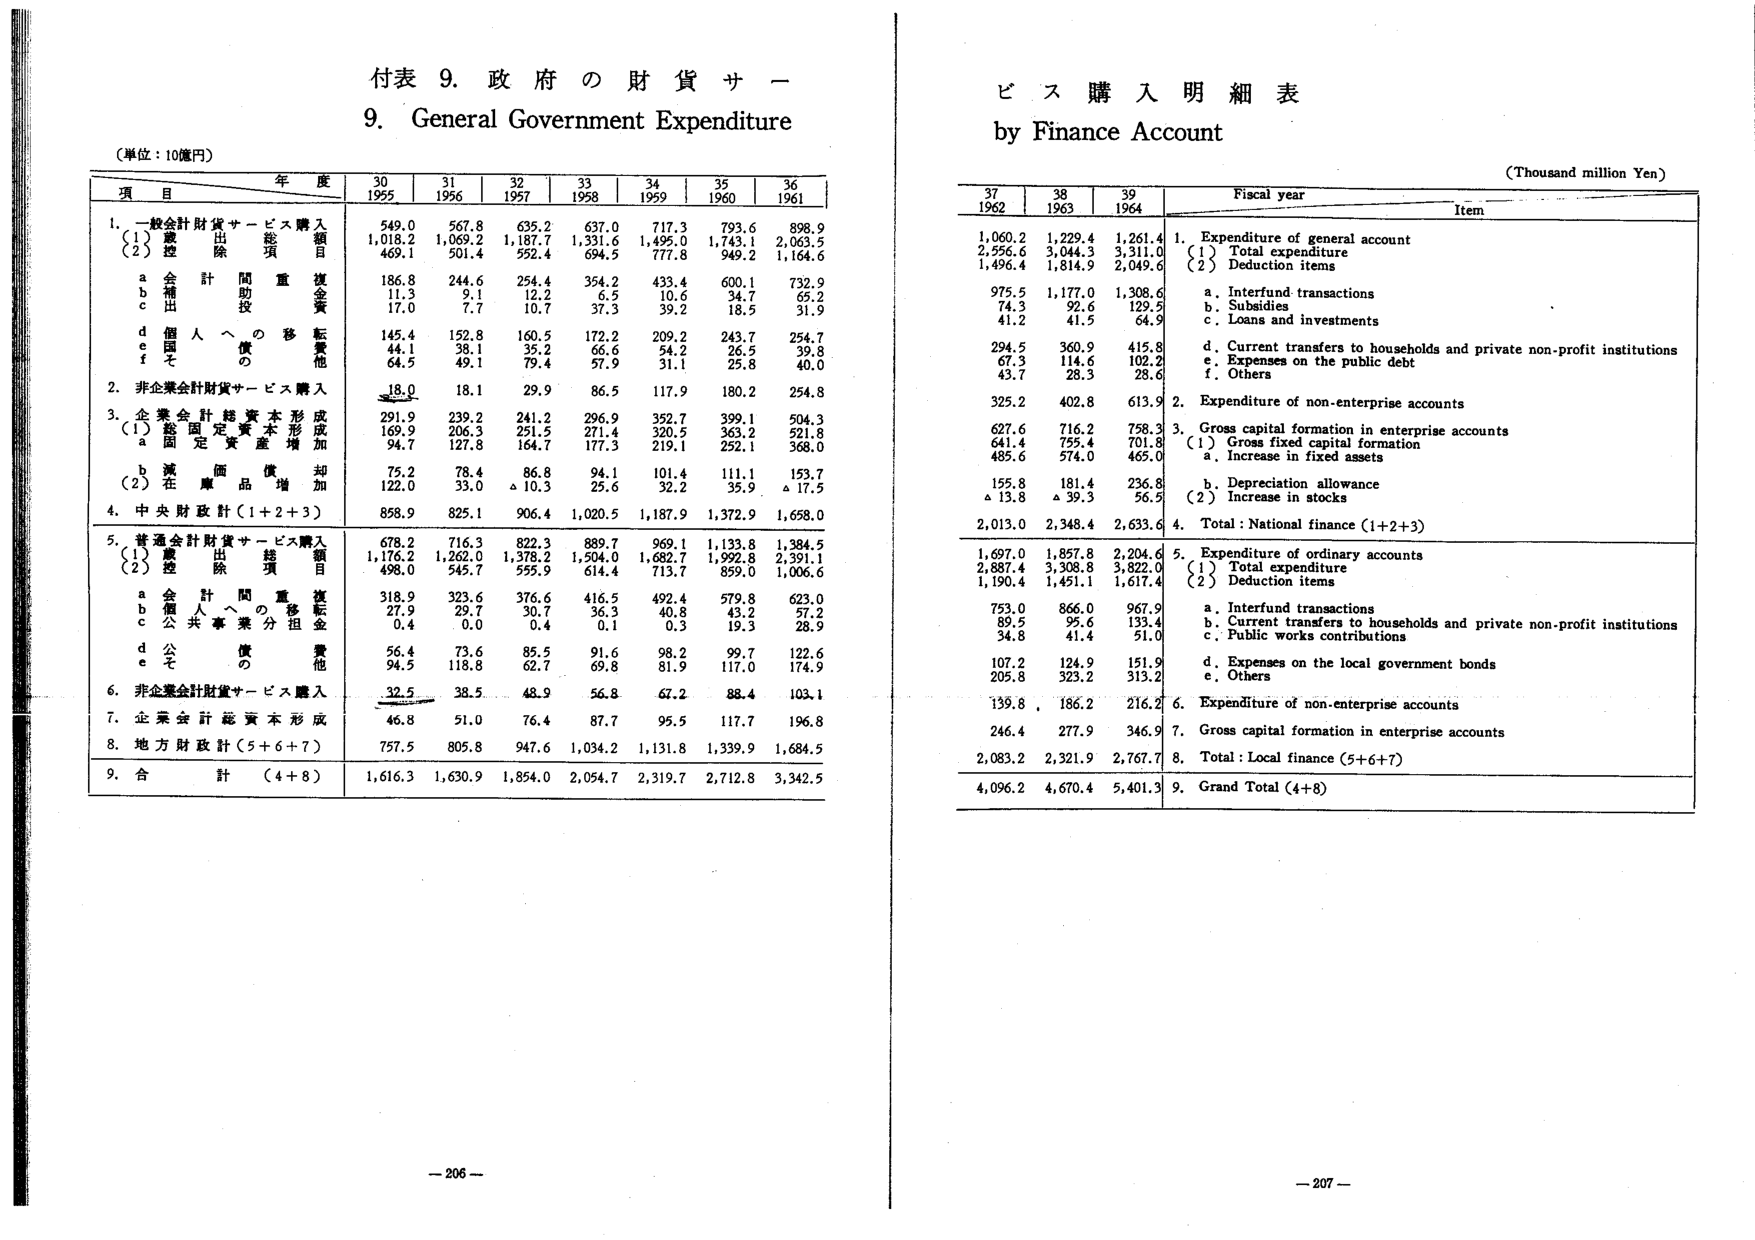
付表 9. 政府の財貨サービス購入明細表
9. General Government Expenditure

（単位：10億円）

年 度
30  31  32  33  34  35  36
1955 1956 1957 1958 1959 1960 1961

項 目

1. 一般会計財貨サービス購入
　（1）歳出総額
　　1,018.2  1,069.2  1,187.7  1,331.6  1,495.0  1,743.1  2,063.5
　（2）控除項目
　　469.1  501.4  592.4  694.5  777.8  949.2  1,164.6
　　a 会計間間接復金
　　　186.8  244.6  254.4  354.2  433.4  600.1  732.9
　　b 補助金
　　　11.3  9.1  12.2  6.5  10.6  34.7  65.2
　　c 出資
　　　17.0  7.7  10.7  37.3  39.2  18.5  31.9
　　d 個人への移転
　　　145.4  152.8  160.5  172.2  209.2  243.7  254.7
　　e 国債の償還
　　　44.1  38.1  35.2  66.6  54.2  26.5  39.8
　　f その他
　　　64.5  49.1  79.4  57.9  31.1  25.8  40.0

2. 非企業会計財貨サービス購入
　　18.0  18.1  29.9  86.5  117.9  180.2  254.8

3. 企業会計総資本形成
　（1）固定資本増加
　　a 固定資産増加
　　　169.9  206.3  251.5  271.4  320.5  363.2  521.8
　　　94.7  127.8  164.7  177.3  219.1  252.1  368.0
　　b 減価償却
　　　75.2  78.4  86.8  94.1  101.4  111.1  153.7
　（2）在庫品増加
　　　122.0  33.0  △10.3  25.6  32.2  35.9  △17.5

4. 中央財政計（1+2+3）
　　858.9  825.1  906.4  1,020.5  1,187.9  1,372.9  1,658.0

5. 普通会計財貨サービス購入
　（1）歳出総額
　　678.2  716.3  822.3  889.7  969.1  1,133.8  1,384.5
　（2）控除項目
　　1,176.2  1,262.0  1,378.2  1,504.0  1,682.7  1,992.8  2,391.1
　　498.0  545.7  595.9  614.4  713.7  859.0  1,006.6
　　a 会計間間接復金
　　　318.9  323.6  376.6  416.5  492.4  579.8  623.0
　　b 個人への移転
　　　27.9  29.7  30.7  36.3  40.8  43.2  57.2
　　c 公共事業負担金
　　　0.4  0.0  0.4  0.1  0.3  19.3  28.9
　　d 公債の償還
　　　56.4  73.6  85.5  91.6  98.2  99.7  122.6
　　e その他
　　　94.5  118.8  62.7  69.8  81.9  117.0  174.9

6. 非企業会計財貨サービス購入
　　32.5  38.5  48.9  56.8  67.2  88.4  103.1

7. 企業会計総資本形成
　　46.8  51.0  76.4  87.7  95.5  117.7  196.8

8. 地方財政計（5+6+7）
　　757.5  805.8  947.6  1,034.2  1,131.8  1,339.9  1,684.5

9. 合計（4+8）
　　1,616.3  1,630.9  1,854.0  2,054.7  2,319.7  2,712.8  3,342.5

---
- 206 -

ビス購入明細表
by Finance Account

（Thousand million Yen）

Fiscal year
37  38  39
1962 1963 1964

Item

1. Expenditure of general account
　（1）Total expenditure
　　1,060.2  1,229.4  1,261.4
　（2）Deduction items
　　2,556.6  3,044.3  3,311.0
　　1,496.4  1,814.9  2,049.6
　　a. Interfund transactions
　　　975.5  1,177.0  1,308.6
　　b. Subsidies
　　　74.3  92.6  129.5
　　c. Loans and investments
　　　41.2  41.5  64.9
　　d. Current transfers to households and private non-profit institutions
　　　294.5  360.9  415.8
　　e. Expenses on the public debt
　　　67.3  114.6  102.2
　　f. Others
　　　43.7  28.3  28.6

2. Expenditure of non-enterprise accounts
　　325.2  402.8  613.9

3. Gross capital formation in enterprise accounts
　（1）Gross fixed capital formation
　　a. Increase in fixed assets
　　　627.6  716.2  758.3
　　　641.4  755.4  701.8
　　　485.6  574.0  465.0
　　b. Depreciation allowance
　　　155.8  181.4  236.8
　（2）Increase in stocks
　　　△13.8  △39.3  56.5

4. Total : National finance (1+2+3)
　　2,013.0  2,348.4  2,633.6

5. Expenditure of ordinary accounts
　（1）Total expenditure
　　1,697.0  1,857.8  2,204.6
　（2）Deduction items
　　2,887.4  3,308.8  3,822.0
　　1,190.4  1,451.1  1,617.4
　　a. Interfund transactions
　　　753.0  866.0  967.9
　　b. Current transfers to households and private non-profit institutions
　　　89.5  95.6  133.4
　　c. Public works contributions
　　　34.8  41.4  51.0
　　d. Expenses on the local government bonds
　　　107.2  124.9  151.9
　　e. Others
　　　205.8  323.2  313.2

6. Expenditure of non-enterprise accounts
　　139.8  186.2  216.2

7. Gross capital formation in enterprise accounts
　　246.4  277.9  346.9

8. Total : Local finance (5+6+7)
　　2,083.2  2,321.9  2,767.7

9. Grand Total (4+8)
　　4,096.2  4,670.4  5,401.3

---
- 207 -